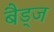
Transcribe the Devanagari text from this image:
बैड्ज